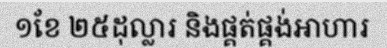
១ខែ ២៥ដុល្លារ និងផ្គត់ផ្គង់អាហារ